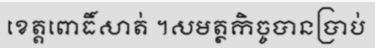
ខេត្តពោធិ៍សាត់ ។សមត្ថកិច្ចបានប្រាប់